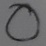
Text: O